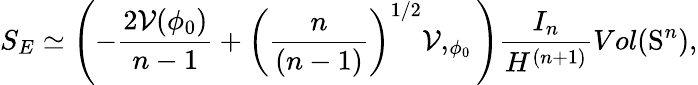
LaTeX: S_{E}\simeq\left(-\frac{2{\cal V}(\phi_{0})}{n-1}+\left(\frac{n}{(n-1)}\right)^{1/2}{\cal V},_{\phi_{0}}\right)\frac{I_{n}}{H^{(n+1)}}Vol(\mathrm{S}^{n}),